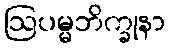
ဩပမ္မဘိက္ခုနာ